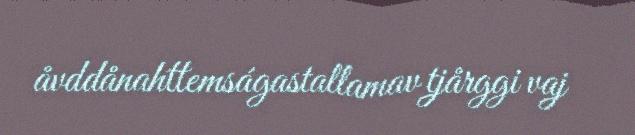
åvddånahttemságastallamav tjårggi vaj